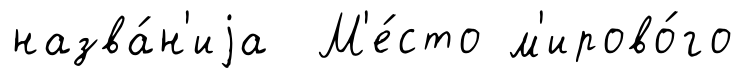
назва́н'иjа М'е́сто м'ирово́го